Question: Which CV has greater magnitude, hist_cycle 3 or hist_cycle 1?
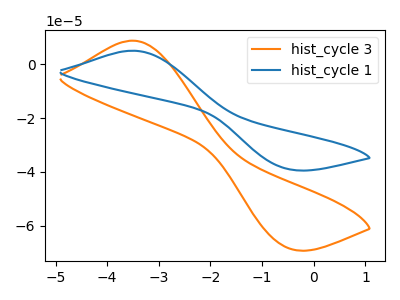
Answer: <think>The orange curve "hist_cycle 3" has an anodic peak at (-3.50V, 8.70uA) and a cathodic peak at (-0.50V, -68.25uA). The blue curve "hist_cycle 1" has an anodic peak at (-3.50V, 4.95uA) and a cathodic peak at (-0.50V, -38.95uA).
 All the peaks in "hist_cycle 3" have a peak in "hist_cycle 1" at the same potential. Every peak in "hist_cycle 3" is higher than every peak in "hist_cycle 1".</think>
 <answer>"hist_cycle 3" has more signal than "hist_cycle 1".</answer>
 <eval>more_signal</eval>